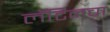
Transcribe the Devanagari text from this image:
लॅटिनचा